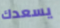
يسعدك